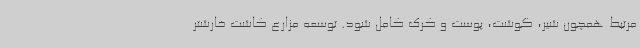
مرتبط همچون شیر، گوشت، پوست و کرک کامل شود. توسعه مزارع کاشت خارشتر